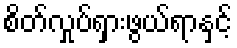
စိတ်လှုပ်ရှားဖွယ်ရာနှင့်